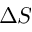
\Delta S